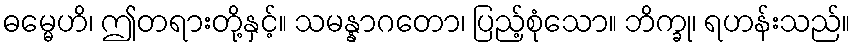
ဓမ္မေဟိ၊ ဤတရားတို့နှင့်။ သမန္နာဂတော၊ ပြည့်စုံသော။ ဘိက္ခု၊ ရဟန်းသည်။